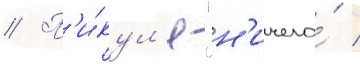
// П'и́кул'я "н'ичего́ /